Vabadussoja_Ajaloo_Komitee, lk 16
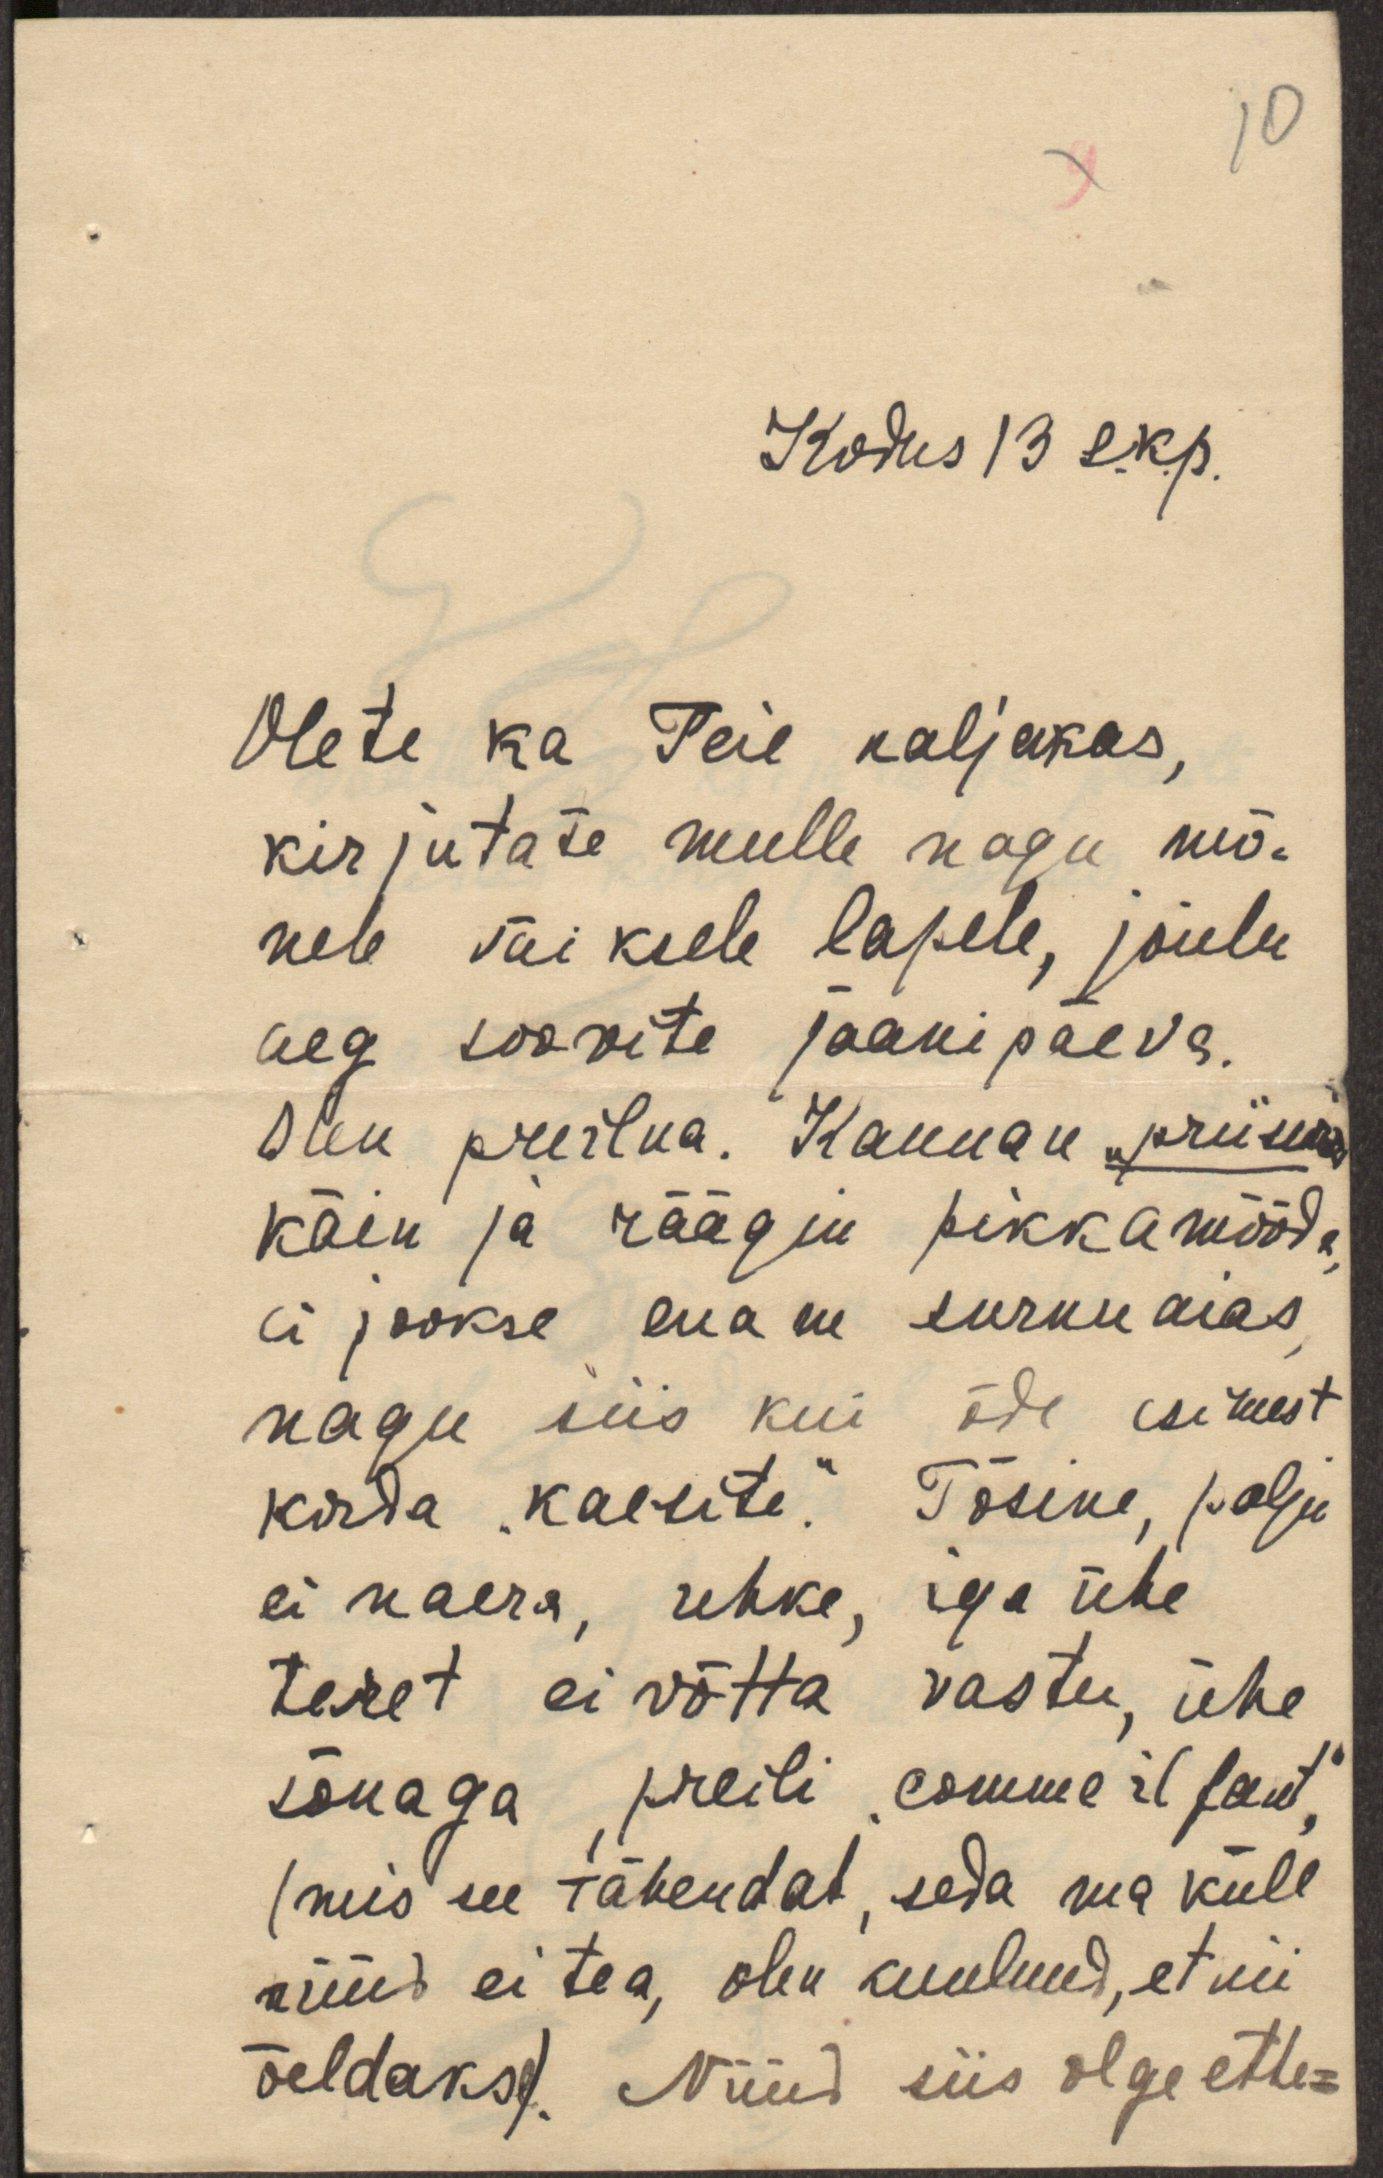
10

Kodus 13 s.k.p.
Olete ka Teie naljakas,
kirjutate mulle nagu mõ-
nele väiksele lapele, jõulu
aeg soovite jaanipäeva.
Olen preilna. Kannan "priiuma"
käin ja räägin pikkamööda,
ei jookse enam surnuaias,
nagu siis kui õde esimest
korda "kaesite." Tõsine, palju
ei naera, uhke, iga ühe
teret ei võtta vastu, ühe
sõnaga, preili "comme il faut,"
(mis see tähendab, seda ma küll
nüüd ei tea, olen kuulnud, et nii
öeldakse). Nüüd siis olge ette-